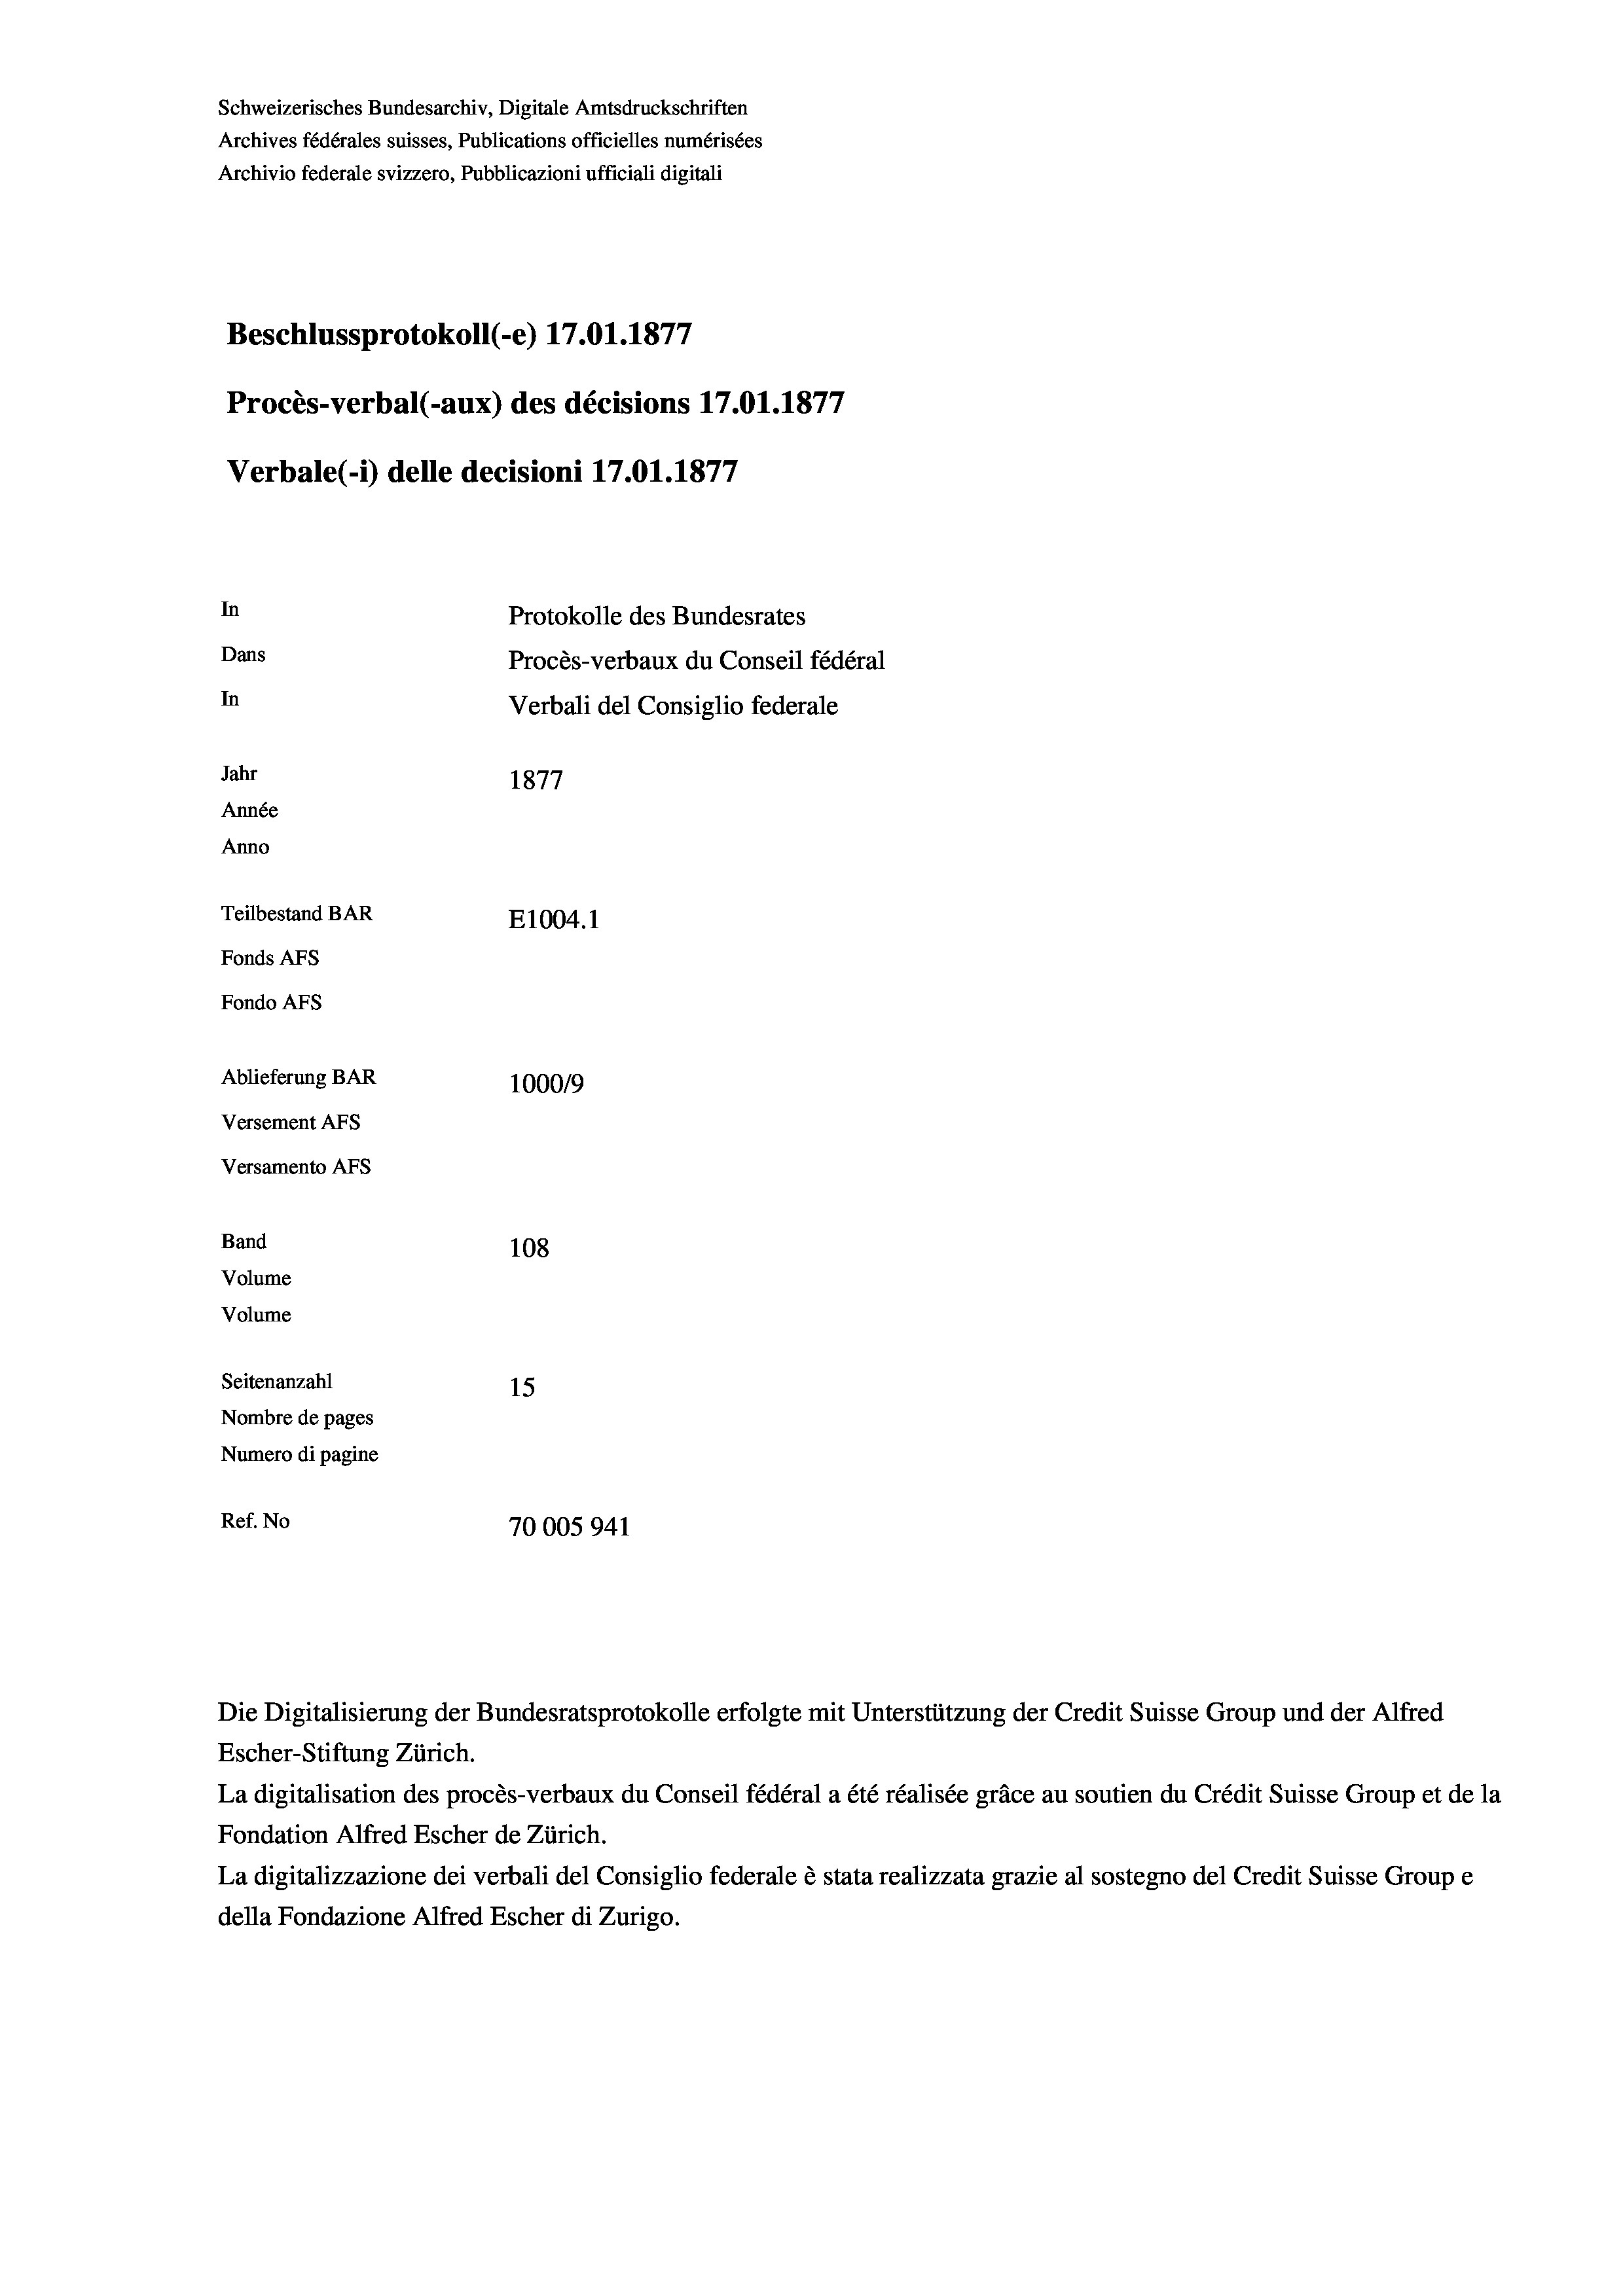
Beschlussprotokoll (-e) 17.01. 1877
Procès-verbal (-aux) des décisions 17.01. 1877
Verbale (- 1) delle decisioni 17.01. 1877
In
Protokolle des Bundesrates
Dans
Procès-verbaux du Conseil fédéral
In
Verbali del Consiglio federale
Jahr
1877
Année
Anno
Teilbestand BAR
E1004. 1
Fonds Afs
Fondo AFs

Ablieferung BAR
Versement Abs
Versamento AFs
Band
Volume
Volume
Seitenanzahl
15
Nombre de pages
Numero di pagine
Ref. No

Schweizerisches Bundesarchiv, Digitale Amtsdruckschriften
Archives fédérales suisses, Publications officielles numérisées
Archivio federale svizzero, Pubblicazioni ufficiali digitali

1000/9
108
70005941

Escher-Stiftung Zürich.
La digitalisation des procès-verbaux du Conseil fédéral a été réalisée gräce au soutien du Crédit Suisse Group et de la
Fondation Alfred Escher de Zürich.
La digitalizzazione dei verbali del Consiglio federale è stata realizzata grazie al sostegno del Credit Suisse Groupe
della Fondazione Alfred Escher di Zurigo.

Die Digitalisierung der Bundesratsprotokolle erfolgte mit Unterstützung der Credit Suisse Group und der Alfred